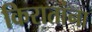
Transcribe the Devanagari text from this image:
किरातांना